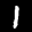
Label: 1